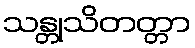
သန္တုသိတတ္တာ